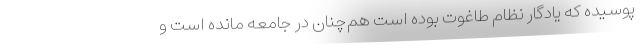
پوسیده که یادگار نظام طاغوت بوده است هم‌چنان در جامعه مانده است و